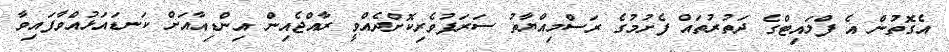
އެގޮތުން އެ ފްލައިޓްގެ ދަތުރުތައް ފެށުމުގެ ރަސްމިއްޔާތު ސަރަފުވެރިކޮށްދެއްވީ ރާއްޖެއިން އިންޑިއާއަށް ކަނޑައަޅުއްވާފައިވާ